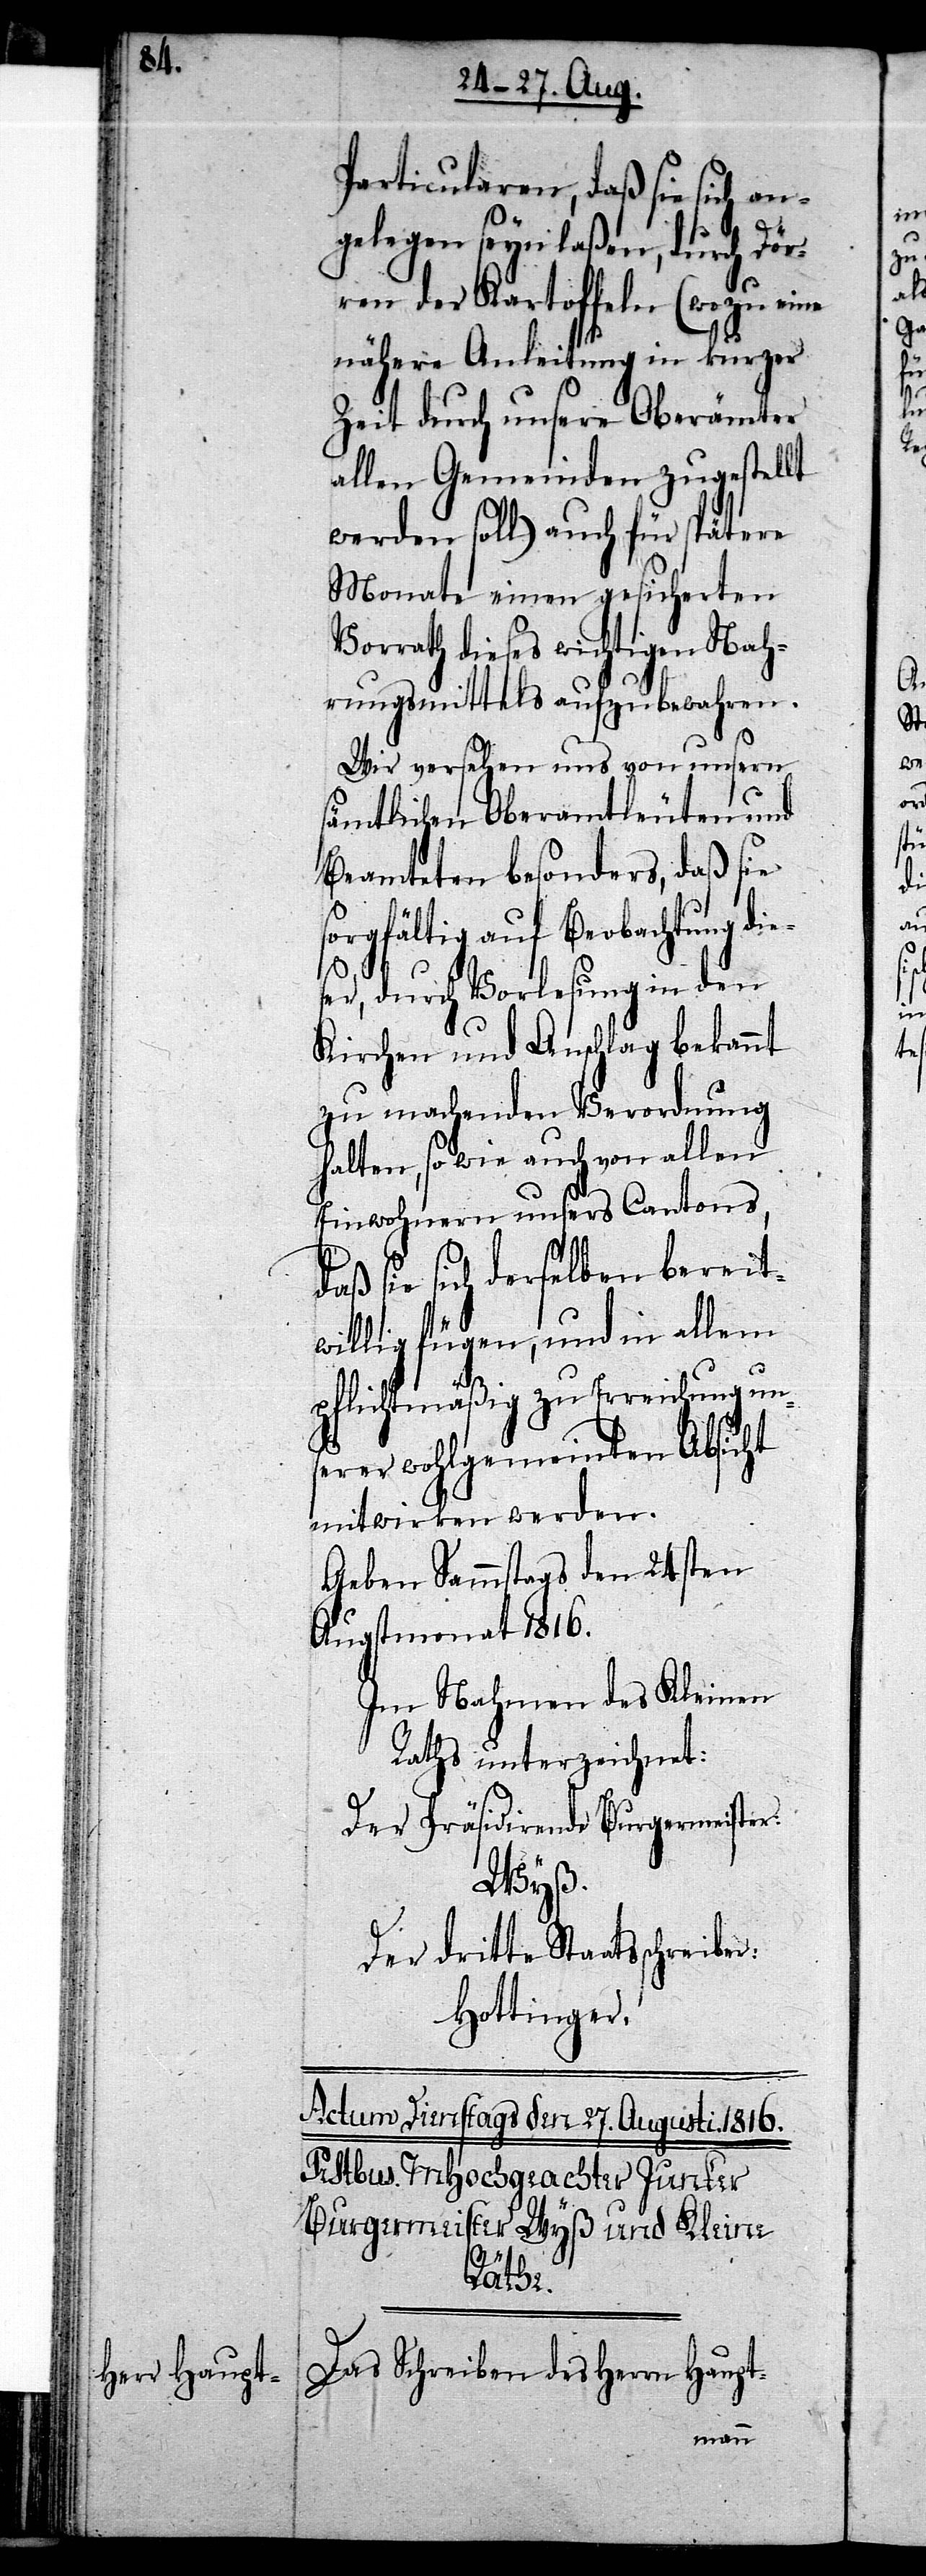
un¬

Particularen, daß sie sich an¬
gelegen seyn laßen, durch Dör¬
ren der Kartoffeln (wozu eine
nähere Anleitung in kurzer
Zeit durch unsere Oberämter
allen Gemeinden zugestellt
werden soll) auch für spätere
Monate einen gesicherten
Vorrath dieses wichtigen Nah¬
rungsmittels aufzubewahren.
Wir versehen uns von unsern
sämtlichen Oberamtleuten und
Beamteten besonders, daß sie
sorgfältig auf Beobachtung die¬
ser, durch Vorlesung in den
Kirchen und Anschlag bekannt
zu machenden Verordnung
halten, so wie auch von allen
Einwohnern unsers Cantons,
sie sich derselben bereit¬
willig fügen, und in allem
serer wohlgemeinten Absicht
mitwirken werden.
Geben Sammstags den 24sten
Augstmonat 1816.
Im Nahmen des Kleinen
Raths unterzeichnet:
Der Präsidirende Burgermeister:
Wyß.
Der dritte Staatsschreiber:
Hottinger.
Das Schreiben des Herrn Haupt-